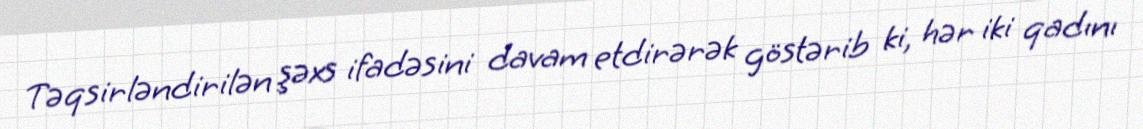
Təqsirləndirilən şəxs ifadəsini davam etdirərək göstərib ki, hər iki qadını